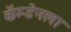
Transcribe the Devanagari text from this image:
कॅम्डेनला